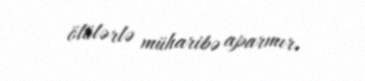
ölülərlə müharibə aparmır.